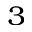
^ { 3 }